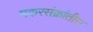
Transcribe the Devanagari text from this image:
मकरसंक्रांतीस